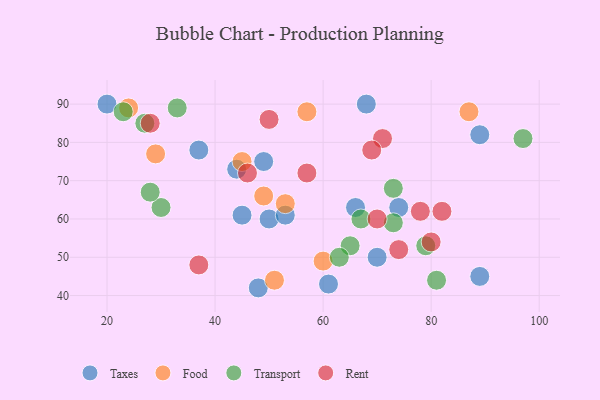
{"axis": {"x": "GDP", "y": "Life Expectancy"}, "legend": ["Food", "Rent", "Taxes", "Transport"], "data": [{"x": "49", "y": 75, "type": "Taxes"}, {"x": "89", "y": 45, "type": "Taxes"}, {"x": "89", "y": 82, "type": "Taxes"}, {"x": "44", "y": 73, "type": "Taxes"}, {"x": "68", "y": 90, "type": "Taxes"}, {"x": "74", "y": 63, "type": "Taxes"}, {"x": "37", "y": 78, "type": "Taxes"}, {"x": "45", "y": 61, "type": "Taxes"}, {"x": "70", "y": 50, "type": "Taxes"}, {"x": "50", "y": 60, "type": "Taxes"}, {"x": "61", "y": 43, "type": "Taxes"}, {"x": "20", "y": 90, "type": "Taxes"}, {"x": "66", "y": 63, "type": "Taxes"}, {"x": "53", "y": 61, "type": "Taxes"}, {"x": "48", "y": 42, "type": "Taxes"}, {"x": "60", "y": 49, "type": "Food"}, {"x": "51", "y": 44, "type": "Food"}, {"x": "49", "y": 66, "type": "Food"}, {"x": "57", "y": 88, "type": "Food"}, {"x": "87", "y": 88, "type": "Food"}, {"x": "29", "y": 77, "type": "Food"}, {"x": "45", "y": 75, "type": "Food"}, {"x": "53", "y": 64, "type": "Food"}, {"x": "24", "y": 89, "type": "Food"}, {"x": "97", "y": 81, "type": "Transport"}, {"x": "65", "y": 53, "type": "Transport"}, {"x": "73", "y": 59, "type": "Transport"}, {"x": "63", "y": 50, "type": "Transport"}, {"x": "67", "y": 60, "type": "Transport"}, {"x": "30", "y": 63, "type": "Transport"}, {"x": "28", "y": 67, "type": "Transport"}, {"x": "81", "y": 44, "type": "Transport"}, {"x": "73", "y": 68, "type": "Transport"}, {"x": "79", "y": 53, "type": "Transport"}, {"x": "27", "y": 85, "type": "Transport"}, {"x": "33", "y": 89, "type": "Transport"}, {"x": "23", "y": 88, "type": "Transport"}, {"x": "57", "y": 72, "type": "Rent"}, {"x": "46", "y": 72, "type": "Rent"}, {"x": "70", "y": 60, "type": "Rent"}, {"x": "80", "y": 54, "type": "Rent"}, {"x": "37", "y": 48, "type": "Rent"}, {"x": "74", "y": 52, "type": "Rent"}, {"x": "71", "y": 81, "type": "Rent"}, {"x": "28", "y": 85, "type": "Rent"}, {"x": "82", "y": 62, "type": "Rent"}, {"x": "69", "y": 78, "type": "Rent"}, {"x": "78", "y": 62, "type": "Rent"}, {"x": "50", "y": 86, "type": "Rent"}]}